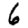
Digit: 6